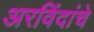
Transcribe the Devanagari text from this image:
अरविंदांचे